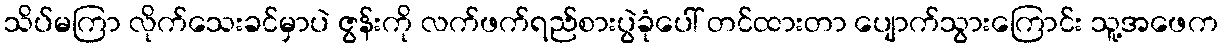
သိပ်မကြာ လိုက်သေးခင်မှာပဲ ဇွန်းကို လက်ဖက်ရည်စားပွဲခုံပေါ် တင်ထားတာ ပျောက်သွားကြောင်း သူ့အဖေက